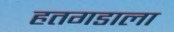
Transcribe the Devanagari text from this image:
हतगडाला